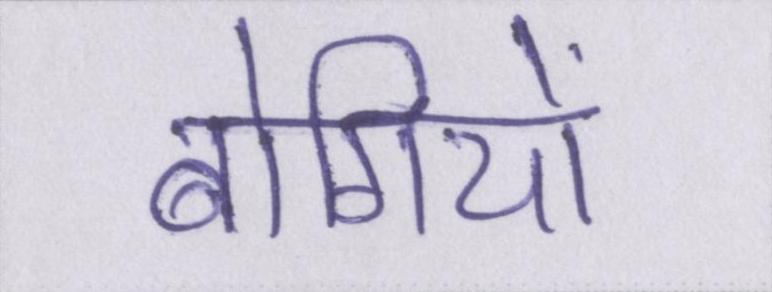
बोगियों